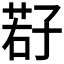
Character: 𫲩